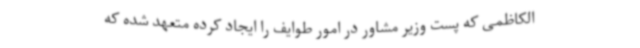
الکاظمی که پست وزیر مشاور در امور طوایف را ایجاد کرده متعهد شده که